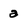
Character: a